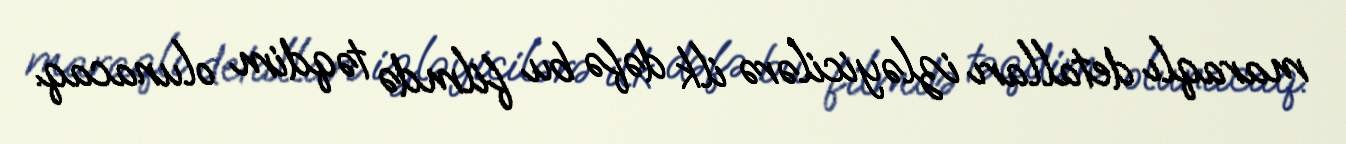
maraqlı detalları izləyicilərə ilk dəfə bu filmdə təqdim olunacaq.